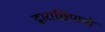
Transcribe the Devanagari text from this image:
द्वाराछिपायी